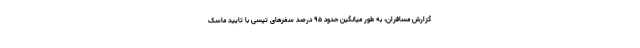
گزارش مسافران، به طور میانگین حدود ۹۵ درصد سفرهای تپسی با تایید ماسک